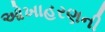
ઓખાહરણની